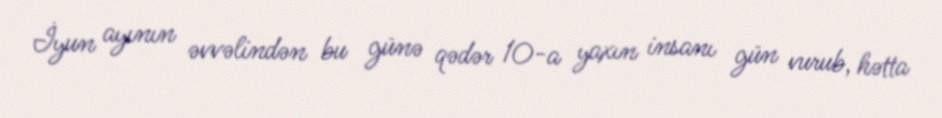
İyun ayının əvvəlindən bu günə qədər 10-a yaxın insanı gün vurub, hətta